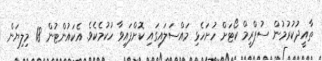
ތާއީދުކުރުމުން ސުޕްރީމް ކޯޓަށް ހުށަހެޅި މައްސަލައިގައި ކޮށްފައިވާ ހުކުމެކެވެ. އެކައުންޓުން 18 މިލިޔަން